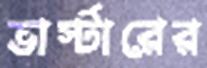
ভার্স্টারের